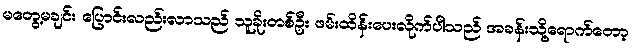
မတွေ့မချင်း ပြောင်းလည်းလာသည် သူခိုးတစ်ဦး ဖမ်းထိန်းပေးလိုက်ပါသည် အခန်းသို့ရောက်တော့